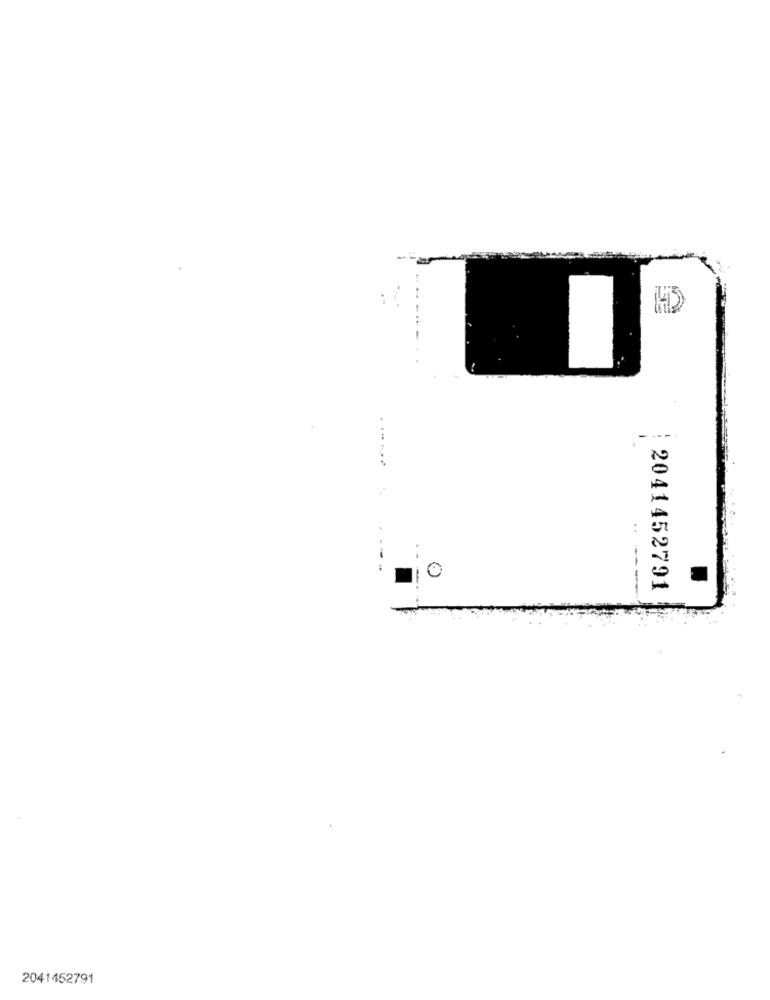
..
2041452791
2041452791